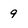
Character: 9